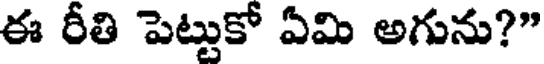
ఈ రీతి పెట్టుకో ఏమి అగును?"